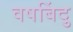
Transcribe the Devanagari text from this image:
वषबिंदु